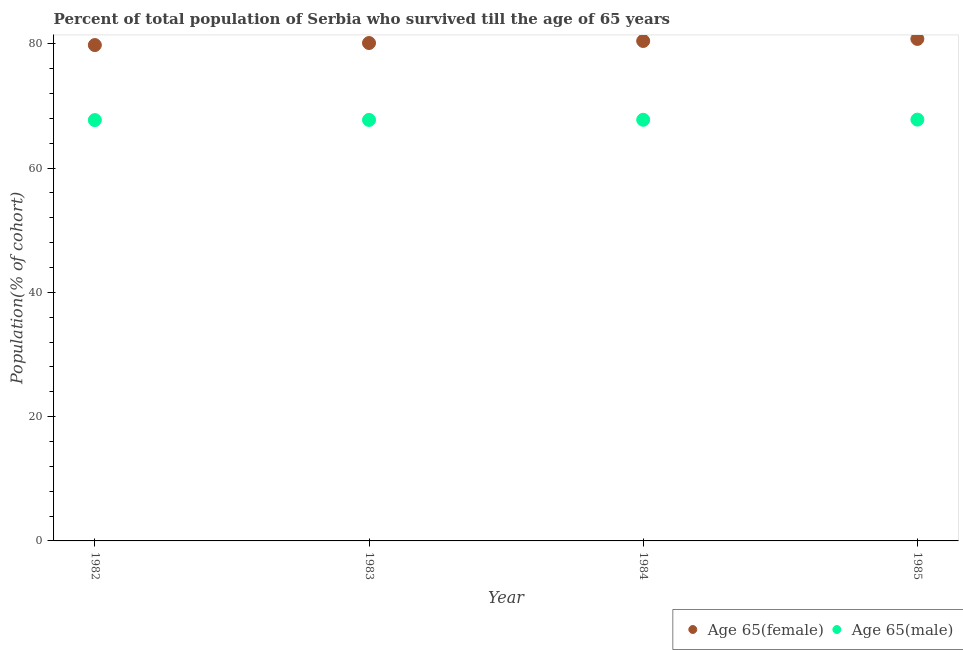
| Year | Age 65(female) | Age 65(male) |
 | --- | --- | --- |
 | 1982 | 79.8 | 67.7 |
 | 1983 | 80.1 | 67.7 |
 | 1984 | 80.4 | 67.8 |
 | 1985 | 80.8 | 67.8 |